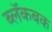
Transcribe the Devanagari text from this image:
ब्लॅकबक